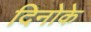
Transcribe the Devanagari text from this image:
दिनोके